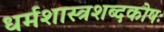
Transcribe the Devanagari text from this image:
धर्मशास्त्रशब्दकोषः